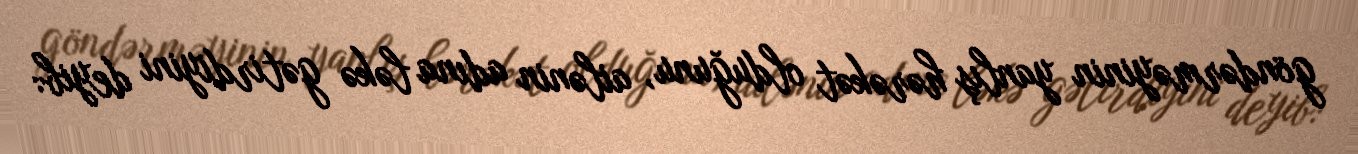
göndərməyinin yanlış hərəkət olduğunu, ailənin adına ləkə gətirdiyini deyib: